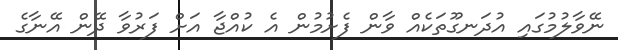
ނޭވާލުމުގައި އުދަނގޫތަކެއް ވާން ފެށުމުން އެ ކުއްޖާ އަށް ފަރުވާ ދޭން އޭނާގެ